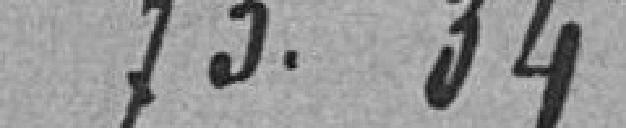
73.34